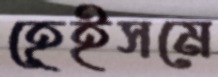
হেইসমে